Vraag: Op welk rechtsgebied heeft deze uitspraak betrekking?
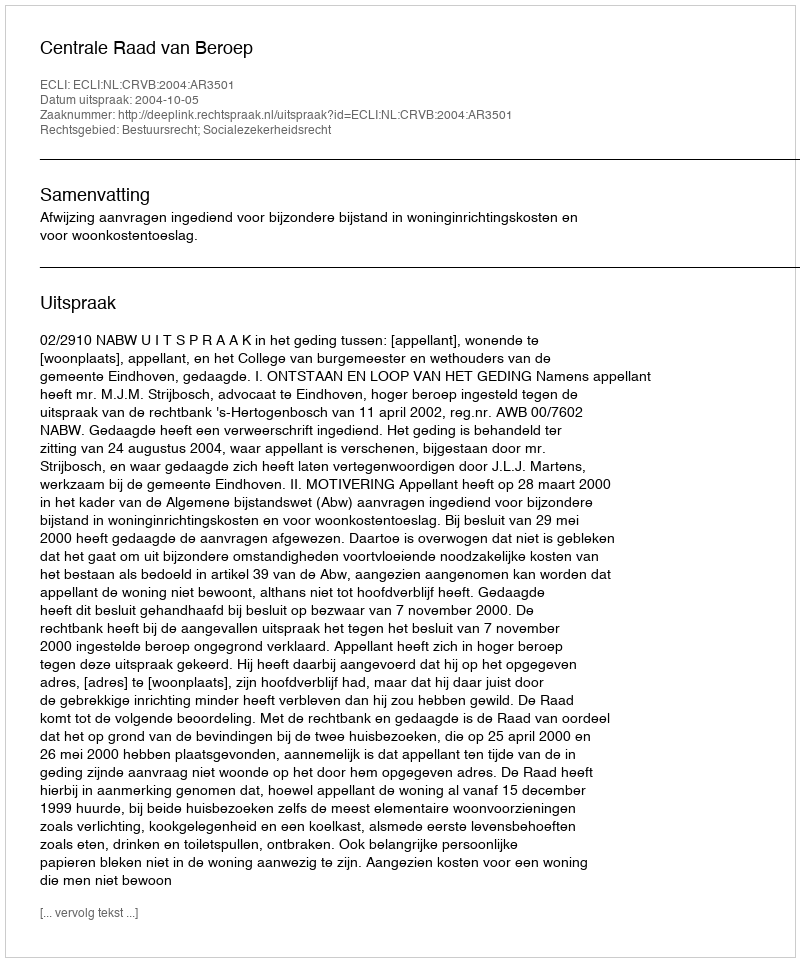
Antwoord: Bestuursrecht; Socialezekerheidsrecht